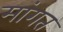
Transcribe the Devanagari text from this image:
मांगत